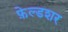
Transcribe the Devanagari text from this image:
फ़ेल्डशर